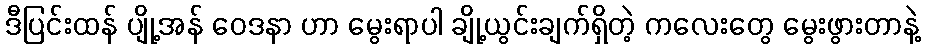
ဒီပြင်းထန် ပျို့အန် ဝေဒနာ ဟာ မွေးရာပါ ချို့ယွင်းချက်ရှိတဲ့ ကလေးတွေ မွေးဖွားတာနဲ့